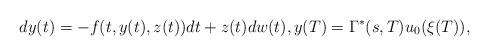
LaTeX: \begin{align*}dy(t) = -f(t,y(t), z(t))dt+ z(t) dw(t), y(T)=\Gamma^*(s,T)u_0(\xi(T)),\end{align*}